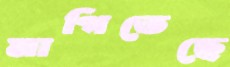
মাগিতেছে